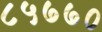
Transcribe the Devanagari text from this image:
८५७७०